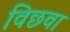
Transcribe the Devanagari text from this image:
विछवा